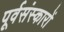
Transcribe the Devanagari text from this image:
पूर्वसंस्कारों